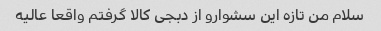
سلام من تازه این سشوارو از دبجی کالا گرفتم واقعا عالیه